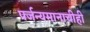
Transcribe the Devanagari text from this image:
पर्जन्यमानाचीही